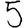
Digit: 5